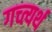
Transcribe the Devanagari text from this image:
गच्त्यर्थ